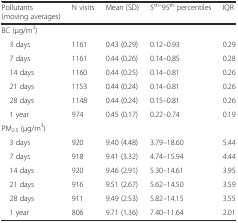
<table><thead><tr><td><b>Pollutants (moving averages)</b></td><td><b>N visits</b></td><td><b>Mean (SD)</b></td><td><b>5<sup>th–</sup>95<sup>th</sup> percentiles</b></td><td><b>IQR</b></td></tr></thead><tbody><tr><td>BC (μg/m<sup>3</sup>)</td><td></td><td></td><td></td><td></td></tr><tr><td> 3 days</td><td>1161</td><td>0.43 (0.29)</td><td>0.12–0.93</td><td>0.29</td></tr><tr><td> 7 days</td><td>1161</td><td>0.44 (0.26)</td><td>0.14–0.85</td><td>0.28</td></tr><tr><td> 14 days</td><td>1160</td><td>0.44 (0.25)</td><td>0.14–0.81</td><td>0.26</td></tr><tr><td> 21 days</td><td>1153</td><td>0.44 (0.24)</td><td>0.14–0.81</td><td>0.26</td></tr><tr><td> 28 days</td><td>1148</td><td>0.44 (0.24)</td><td>0.15–0.81</td><td>0.26</td></tr><tr><td> 1 year</td><td>974</td><td>0.45 (0.17)</td><td>0.22–0.74</td><td>0.19</td></tr><tr><td>PM<sub>2.5</sub> (μg/m<sup>3</sup>)</td><td></td><td></td><td></td><td></td></tr><tr><td> 3 days</td><td>920</td><td>9.40 (4.48)</td><td>3.79–18.60</td><td>5.44</td></tr><tr><td> 7 days</td><td>918</td><td>9.41 (3.32)</td><td>4.74–15.94</td><td>4.44</td></tr><tr><td> 14 days</td><td>920</td><td>9.46 (2.91)</td><td>5.30–14.61</td><td>3.95</td></tr><tr><td> 21 days</td><td>916</td><td>9.51 (2.67)</td><td>5.62–14.50</td><td>3.59</td></tr><tr><td> 28 days</td><td>911</td><td>9.49 (2.53)</td><td>5.82–14.15</td><td>3.55</td></tr><tr><td> 1 year</td><td>806</td><td>9.71 (1.36)</td><td>7.40–11.64</td><td>2.01</td></tr></tbody></table>